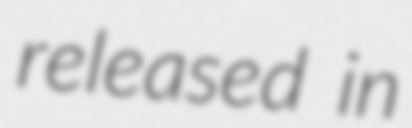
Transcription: released in